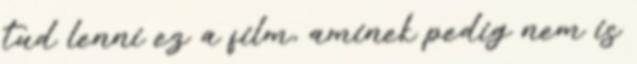
tud lenni ez a film, aminek pedig nem is